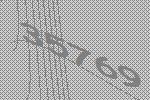
35769